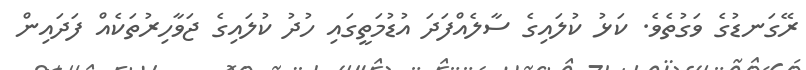
ރޭގަނޑުގެ ވަގުތެވެ. ކަޅު ކުލައިގެ ސާލެއްފަދަ އުޑުމަތީގައި ހުދު ކުލައިގެ ޖަވާހިރުތަކެއް ފަދައިން